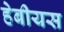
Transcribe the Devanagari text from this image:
हेबीयस